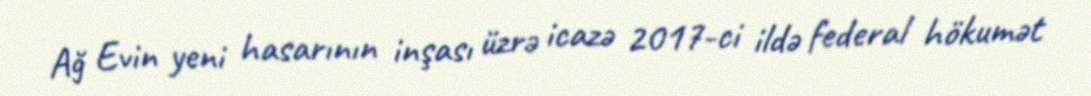
Ağ Evin yeni hasarının inşası üzrə icazə 2017-ci ildə federal hökumət